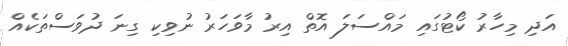
އަދި މިހާރު ކޯޓުގައި މައްސަލަ އޮތް އިރު މާވަހަރު ނުވިކި ގިނަ ދުވަސްތަކެއް